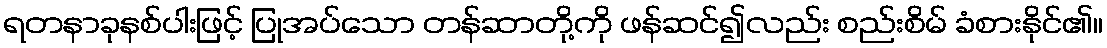
ရတနာခုနစ်ပါးဖြင့် ပြုအပ်သော တန်ဆာတို့ကို ဖန်ဆင်၍လည်း စည်းစိမ် ခံစားနိုင်၏။